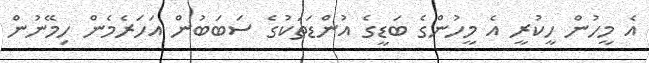
އެ މީހުން ހީކުރީ އެ މީހުންގެ ބަޑީގެ އުންޑަތަކުގެ ސަބަބުން އަހަރެމެން ހިމޭނުން